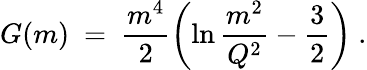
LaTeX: G(m)\ =\ {\frac{m^{4}}{2}}\biggl(\ln{\frac{m^{2}}{Q^{2}}}-{\frac{3}{2}}\biggr)\ .